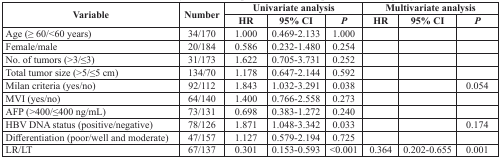
| <ROWSPAN=2> Variable | <ROWSPAN=2> Number | <COLSPAN=3> Univariate analysis | <COLSPAN=3> Multivariate analysis |
 | HR | 95% CI | P | HR | 95% CI | P |
 | --- | --- | --- | --- | --- | --- | --- | --- |
 | Age (≥ 60/<60 years) | 34/170 | 1.000 | 0.469-2.133 | 1.000 |  |  |  |
 | Female/male | 20/184 | 0.586 | 0.232-1.480 | 0.254 |  |  |  |
 | No. of tumors (>3/≤3) | 31/173 | 1.622 | 0.705-3.731 | 0.252 |  |  |  |
 | Total tumor size (>5/≤5 cm) | 134/70 | 1.178 | 0.647-2.144 | 0.592 |  |  |  |
 | Milan criteria (yes/no) | 92/112 | 1.843 | 1.032-3.291 | 0.038 |  |  | 0.054 |
 | MVI (yes/no) | 64/140 | 1.400 | 0.766-2.558 | 0.273 |  |  |  |
 | AFP (>400/≤400 ng/mL) | 73/131 | 0.698 | 0.383-1.272 | 0.240 |  |  |  |
 | HBV DNA status (positive/negative) | 78/126 | 1.871 | 1.048-3.342 | 0.033 |  |  | 0.174 |
 | Differentiation (poor/well and moderate) | 47/157 | 1.127 | 0.579-2.194 | 0.725 |  |  |  |
 | LR/LT | 67/137 | 0.301 | 0.153-0.593 | <0.001 | 0.364 | 0.202-0.655 | 0.001 |